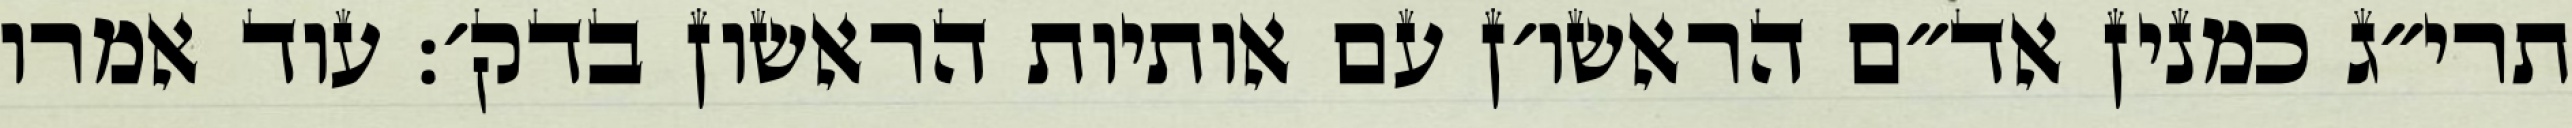
תרי״ג כמנין אד״ם הראשו׳ן עם אותיות הראשון בדק׳: עוד אמרו